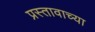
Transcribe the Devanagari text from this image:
प्रस्तावाच्या